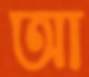
আ